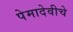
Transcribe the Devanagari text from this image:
पेमादेवीचे